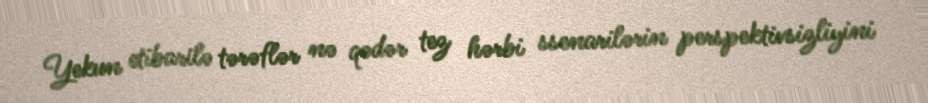
Yekun etibarilə tərəflər nə qədər tez hərbi ssenarilərin perspektivsizliyini